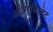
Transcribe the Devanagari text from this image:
अंथ्रानिलेट